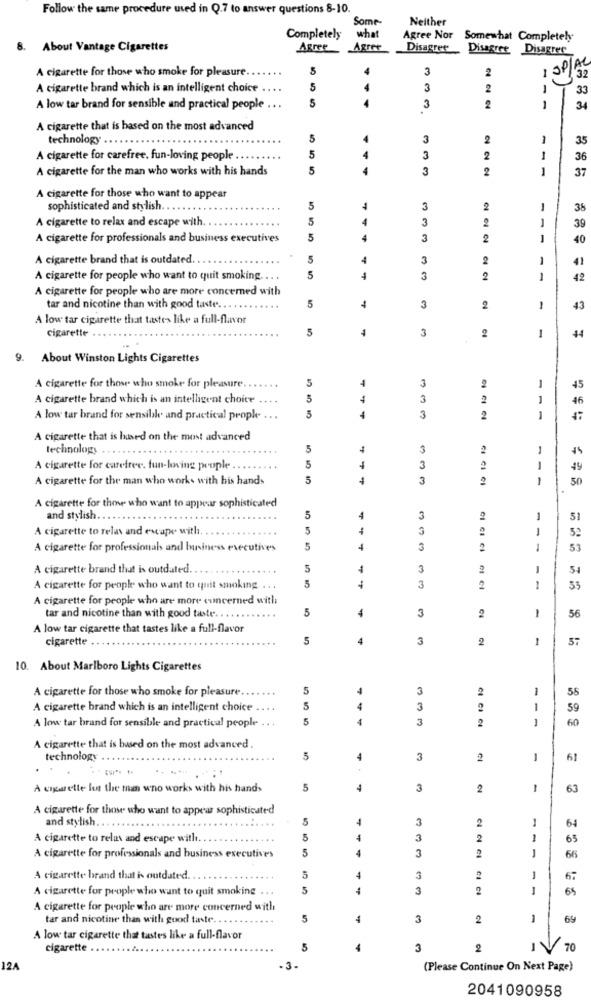
Follow the same procedure used in Q.7 to answer questions 8-10.
Some
Neither
Completely
what
Agree Nor Somewhat Completely
8. About Vantage Cigarettes
Agree
Agree
Disagree
Disagree Disagree
A cigarette for those who smoke for pleasure.
5
3
2
I SPIA
32
A cigarette brand which is an intelligent choice
5
3
2
33
5
A low tar brand for sensible and practical people
3
2
1
A cigarette that is based on the most advanced
technology
5
4
3
2
1
35
A cigarette for carefree, fun-loving people
5
4
3
2
1
36
A cigarette for the man who works with his hands
5
4
3
2
1
37
A cigarette for those who want to appear
sophisticated and stylish
5
4
3
-
38
A cigarette to relax and escape with
4
3
2
1
39
A cigarette for professionals and business executives
4
3
2
40
A cigarette brand that is outdated
5
4
3
-
41
A cigarette for people who want to quit smoking.
5
4
3
2
-
42
A cigarette for people who are more concerned with
tar and nicotine than with good taste.
5
4
3
2
1
43
A low tar cigarette that tastes like a full-flavor
cigarette
5
3
2
1
44
9. About Winston Lights Cigarettes
5
4
3
2
1
A cigarette for those who smoke for pleasure
45
A cigarette brand which is an intelligent choice
5
4
3
2
-
46
5
A low tar brand for sensible and practical prople. ...
4
3
2
-
A cigarette that is based on the most advanced
technology
5
3
A cigarette for carefree. fun-having people.
5
1
3
A cigarette for the man who works with his hands
5
3
1
50
A cigarette for those who want to appear sophisticated
and stylish.
5
4
3
2
1
51
A cigarette to relax and escape with
5
1
-
A cigarette for professionals and Inniness executives
5
4
3
1
53
A cigarette brand that is outdated ..
5
4
3
2
-
51
5
A cigarette for people who want to quit smoking.
3
2
55
A cigarette for people who are more concerned with
5
4
3
2
56
tar and nicotine than with good taste ..
-
A low tar cigarette that tastes like a full-flavor
cigarette
5
4
3
2
1
57
10. About Marlboro Lights Cigarettes
A cigarette for those who smoke for pleasure.
5
3
2
1
55
4
A cigarette brand which is an intelligent choice
5
4
3
1
59
A low tar brand for sensible and practical people
5
1
3
2
1
60
A cigarette that is based on the most advanced.
technology
5
4
3
2
1
A engewrette los the man who works with his hands
5
4
3
2
1
63
A cigarette for those who want to appear sophisticated
and stylish ..
5
4
3
2
-
64
A cigarette to relax and escape with
5
4
3
2
1
65
5
4
3
2
J
A cigarette for professionals and business executives
66
A cigarette brand that is outdated.
5
3
-
6:
A cigarette for people who want to quit smoking
5
--
3
2
A cigarette for people who are more concerned with
tar and nicotine than with good taste ..
5
4
3
2
-
69
A low tar cigarette that tastes like a full-flavor
cigarette
5
4
3
2
IV
70
124
-3.
(Please Continue On Next Page)
2041090958